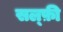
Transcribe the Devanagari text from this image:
सल्फ़ी